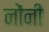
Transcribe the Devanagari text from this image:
नोंनी